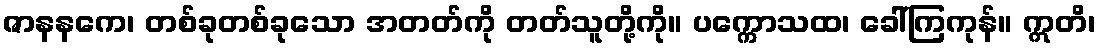
ဇာနနကေ၊ တစ်ခုတစ်ခုသော အတတ်ကို တတ်သူတို့ကို။ ပက္ကောသထ၊ ခေါ်ကြကုန်။ ဣတိ၊